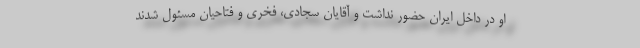
او در داخل ایران حضور نداشت و آقایان سجادی، فخری و فتاحیان مسئول شدند